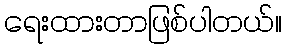
ရေးထားတာဖြစ်ပါတယ်။